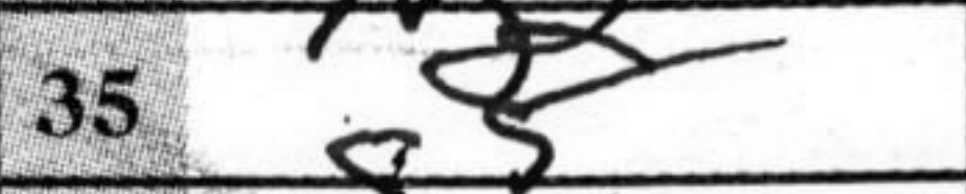
Transcription: g5